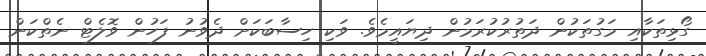
ގޯޅިތަކާއި މަގުތަކުން ދަތުރުކުރަމުން ދިޔައީމެވެ. ވަކި ހިސާބަކަށް ދެވުނު ފަހުން ވޮލެޓް ނެތްކަން